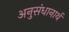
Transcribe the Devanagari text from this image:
अनुसंधानार्थ